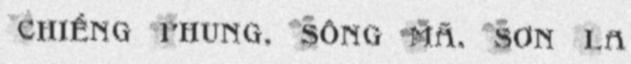
Chiềng Phung, Sông Mã, Sơn La